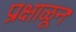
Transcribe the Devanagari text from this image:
प्रक्षाळून